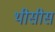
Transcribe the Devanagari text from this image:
थीसीस